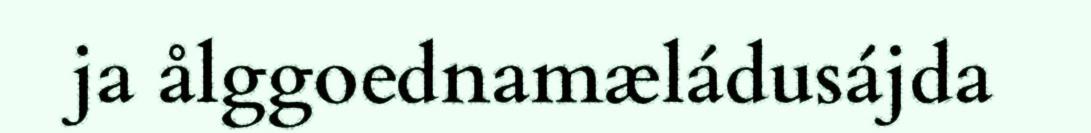
ja ålggoednamæládusájda